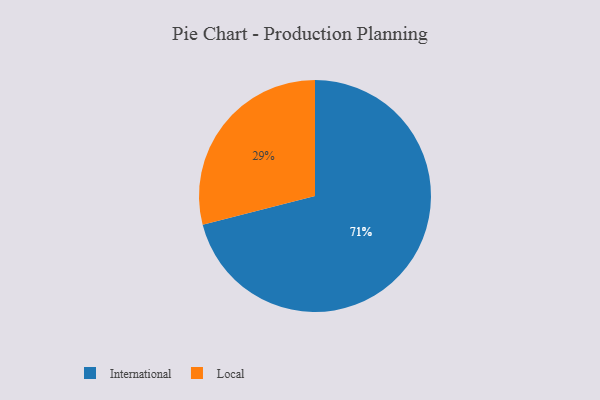
{"axis": {"x": "Category", "y": "Percentage"}, "legend": ["International", "Local"], "data": [{"x": "Local", "y": 29, "type": "Local"}, {"x": "International", "y": 71, "type": "International"}]}